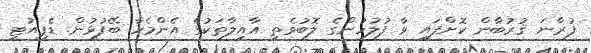
ފުރާނަ ޤުރުބާން ކޮށްފައި ވާ ފުލުހުންގެެ ލޮބުވެތި އާއިލާތަކުގެ އެންމެހާ ބޭފުޅުން. ޑެޕިއުޓީ